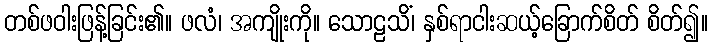
တစ်ဖဝါးဖြန့်ခြင်း၏။ ဖလံ၊ အကျိုးကို။ သောဠသိံ၊ နှစ်ရာငါးဆယ့်ခြောက်စိတ် စိတ်၍။